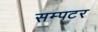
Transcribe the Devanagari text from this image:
सम्पटर